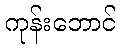
ကုန်းဘောင်